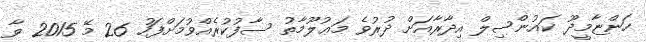
ހަންޏާމީދޫ ކައުންސިލް އިދާރާއަށް ދުރުވެ މަޢުލޫމާތު ސާފުކުރެއްވުމަށްފަހު 26 މޭ 2015 ވާ